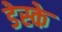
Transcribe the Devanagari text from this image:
डेस्के